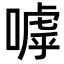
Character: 嘑